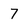
Character: 7